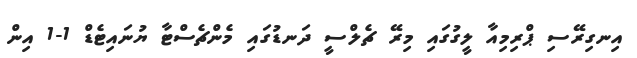
އިނގިރޭސި ޕްރިމިއާ ލީގުގައި މިރޭ ޗެލްސީ ދަނޑުގައި މެންޗެސްޓާ ޔުނައިޓެޑް 1-1 އިން